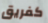
كفريق